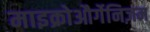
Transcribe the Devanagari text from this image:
माइक्रोऔर्गेनिज़म